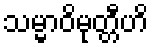
သမ္မာဝိမုတ္တီဟိ